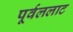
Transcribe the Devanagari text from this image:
पूर्वललाट